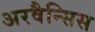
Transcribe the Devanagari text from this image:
अरवैन्सिस